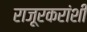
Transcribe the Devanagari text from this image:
राजूरकरांशी